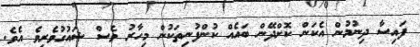
ފައިސާ ދިނުމުން އެކަން ކޮށްދޭން ބައެއް ކުންފުނިތަކުން މިހާރު ވެސް ޝައުގުވެރިވެ އެވެ.